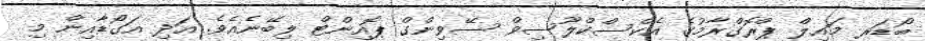
ބޯޑަރ މައިލް ޕްރޮގްރާމުގެ އެކްސްކްލޫސިވް ސޭވިންގް ޕޮއިންޓް ލިބޭނެއެވެ. އަދި އަގޯޑާއިން މި